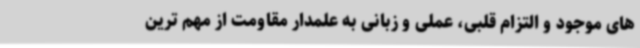
های موجود و التزام قلبی، عملی و زبانی به علمدار مقاومت از مهم ترین